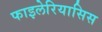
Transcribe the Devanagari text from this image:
फाइलेरियासिस